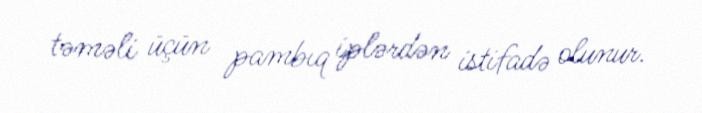
təməli üçün pambıq iplərdən istifadə olunur.